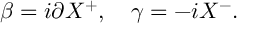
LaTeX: \beta = i \partial X ^ { + } , \quad \gamma = - i X ^ { - } .